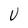
Character: U